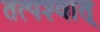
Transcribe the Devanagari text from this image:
तत्‍पश्‍वात्